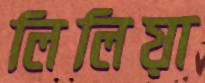
লিলিয়া